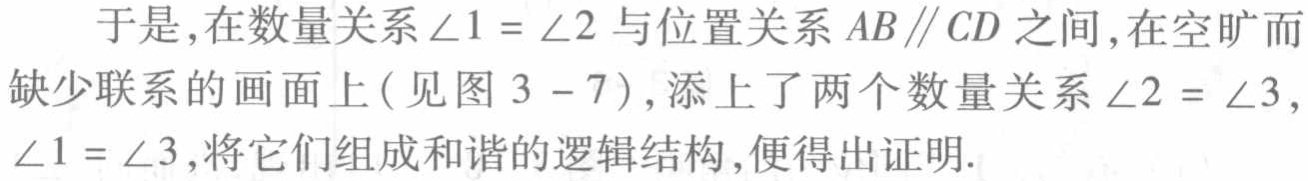
于是,在数量关系\(\angle 1 = \angle 2\)与位置关系\(AB\parallel CD\)之间,在空旷而缺少联系的画面上(见图 \(3 - 7\)),添上了两个数量关系\(\angle 2 = \angle 3\),\(\angle 1 = \angle 3\),将它们组成和谐的逻辑结构,便得出证明.